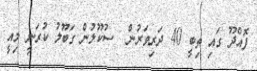
ފޮއްދޫ ގައި ތިބީ 40 ދަރިވަރުން  ސުކޫލުން ގަބޫލު ކުރަނީ މިއީ